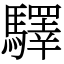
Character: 驛